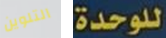
التلوين للوحدة